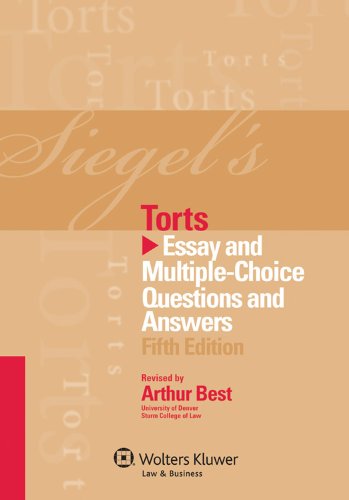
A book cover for Siegel's Torts: Essay & Multiple Choice Questions & Answers, 5th Edition; Brian N. Siegel; Law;